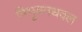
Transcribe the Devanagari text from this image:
त्रिभुवनधवल